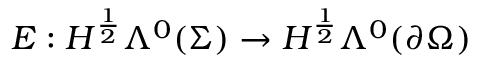
E : H ^ { \frac { 1 } { 2 } } \Lambda ^ { 0 } ( \Sigma ) \to H ^ { \frac { 1 } { 2 } } \Lambda ^ { 0 } ( \partial \Omega )